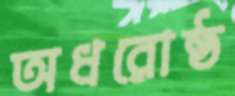
অধরোষ্ঠ